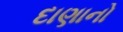
દાણાનો